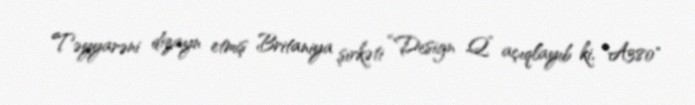
Təyyarəni dizayn etmiş Britaniya şirkəti “Design Q” açıqlayıb ki, "A380"